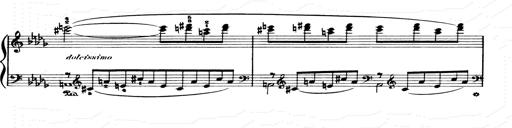
Title: Consolations and LiebestrÃ¤ume for the Piano
Composer: Franz Liszt